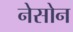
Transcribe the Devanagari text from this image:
नेसोन